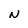
Character: N